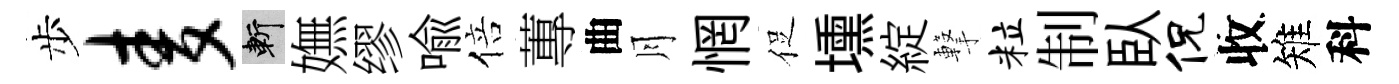
步麦斬嫵缪喻倍蓴曲月惘促壎綻撃粒制臥侃收雉科